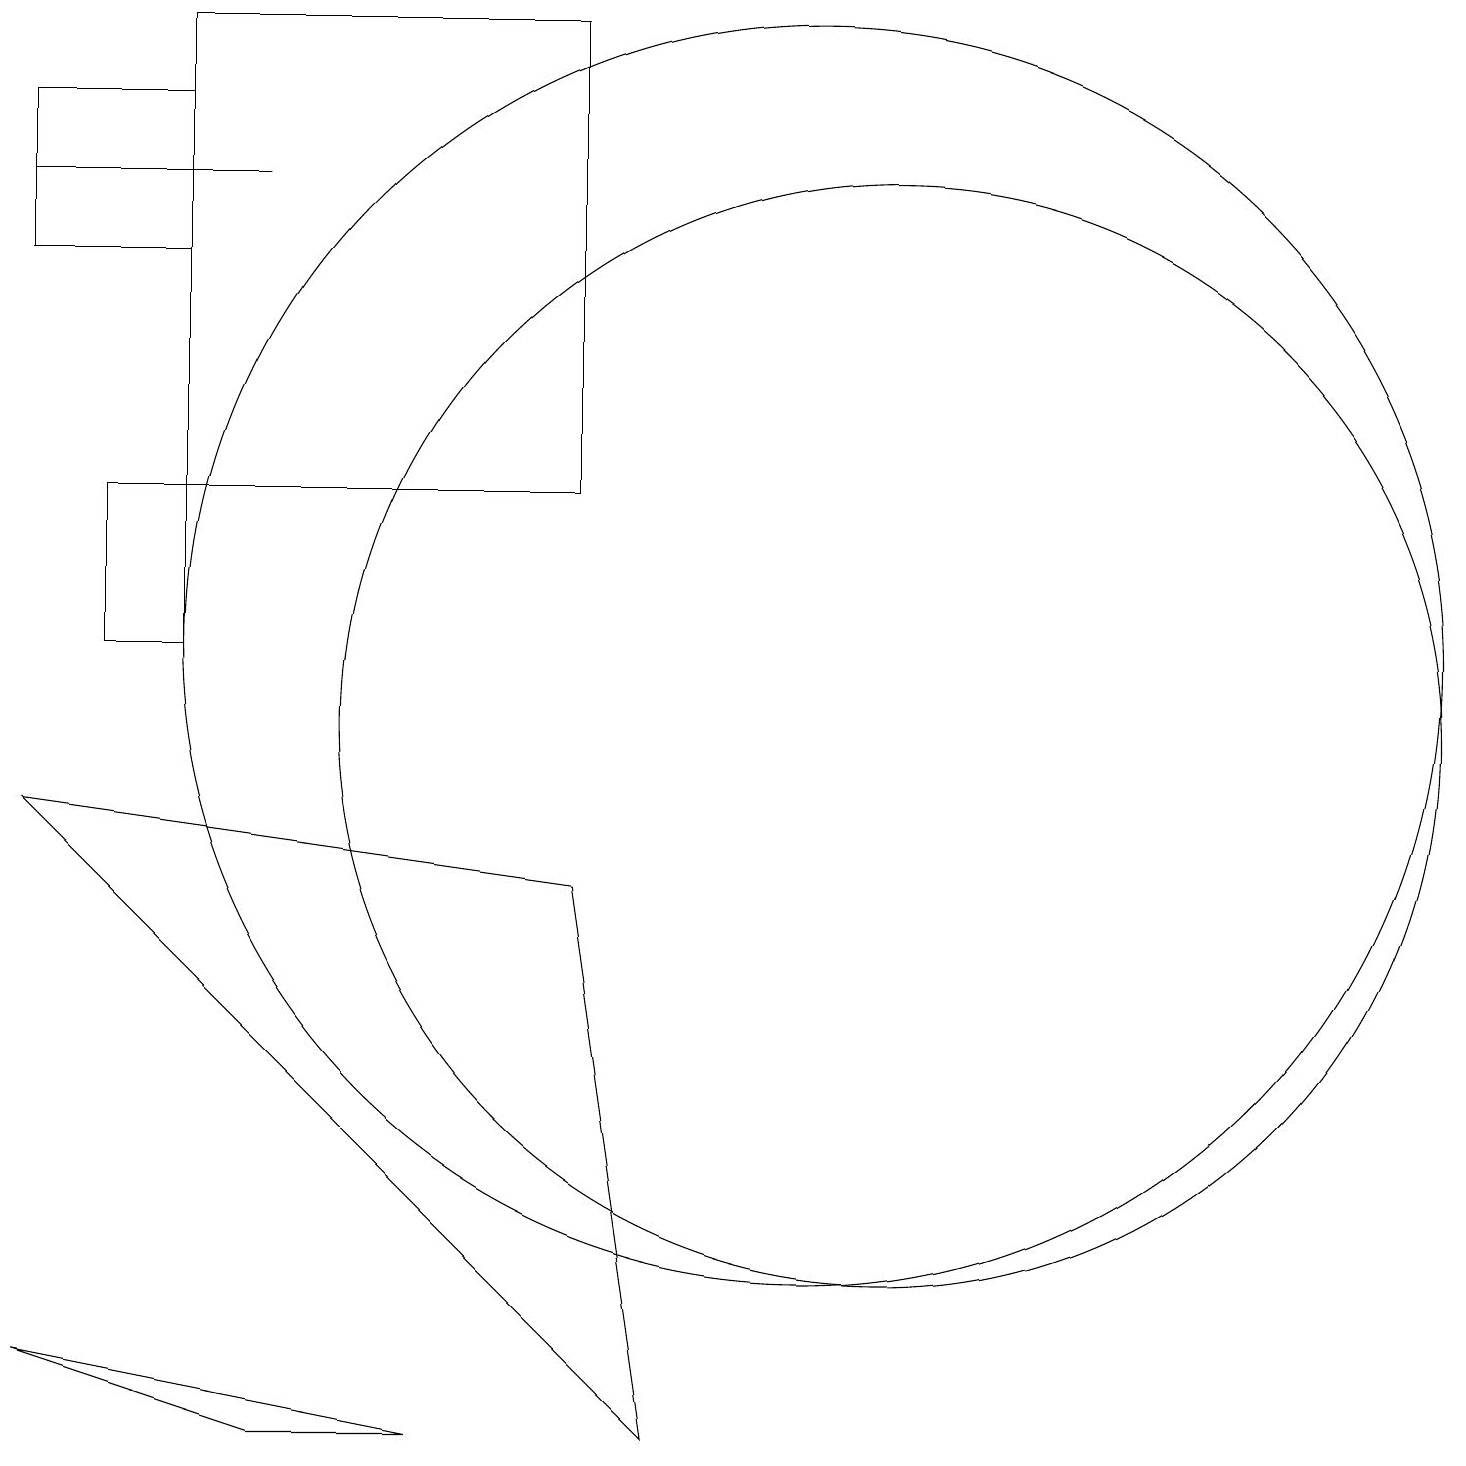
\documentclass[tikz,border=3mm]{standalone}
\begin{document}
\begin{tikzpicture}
\draw (10,11) circle (8);
\draw (1,13) rectangle (2,11);
\draw (5,1) -- (3,1) -- (0,2) -- cycle;
\draw (2,13) rectangle (7,19);
\draw (11,10) circle (7);
\draw (8,1) -- (7,8) -- (0,9) -- cycle;
\draw (3,17) rectangle (0,17);
\draw (0,16) rectangle (2,18);
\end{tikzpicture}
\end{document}